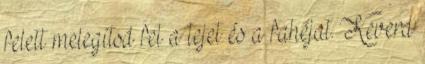
felett melegítsd fel a tejet és a fahéjat. Keverd